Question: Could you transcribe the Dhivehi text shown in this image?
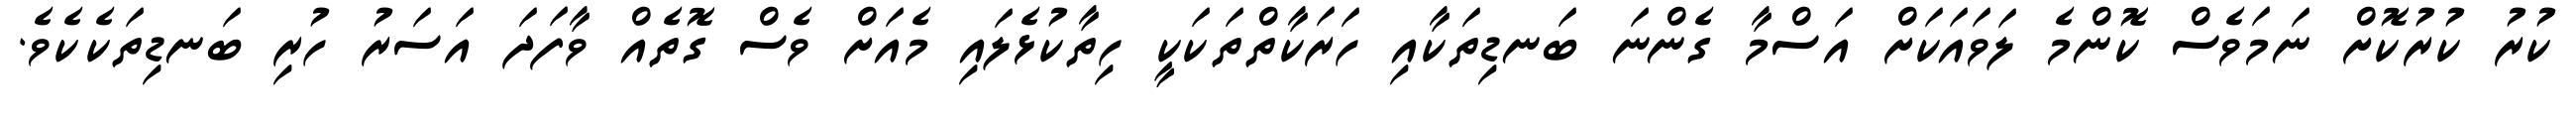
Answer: ކުރު ކުރުކޮށް ނަމަވެސް ކޮންމެ ލަވައަކަށް އަސްމާ ގެންނަ ބަނޑިތަކާއި ހަރަކާތްތަކަކީ ހިތާކުޅެލައި މެއަށް ވެސް ގޮތެއް ވާފަދަ އަސަރު ހުރި ބަނޑިތަކެކެވެ.